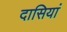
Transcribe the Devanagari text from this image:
दासियां